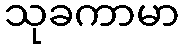
သုခကာမာ